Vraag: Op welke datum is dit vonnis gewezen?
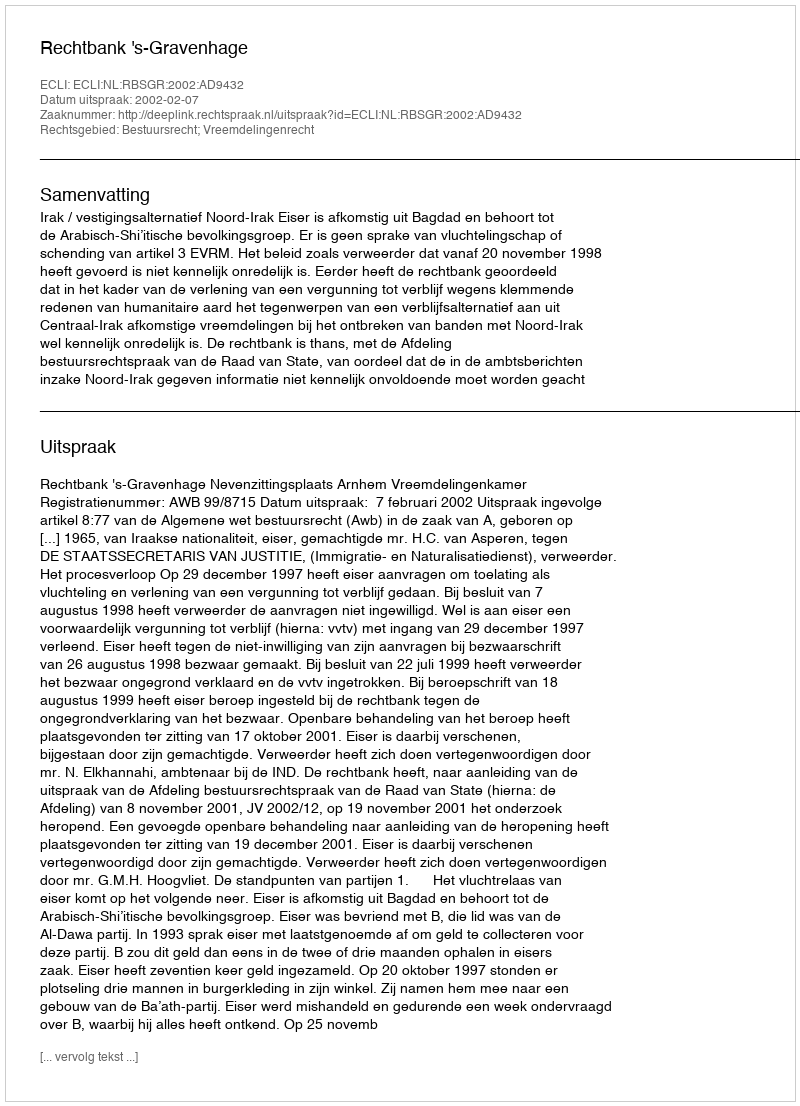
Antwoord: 2002-02-07